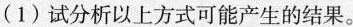
(1)试分析以上方式可能产生的结果。